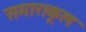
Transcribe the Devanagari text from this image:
समाराकूल